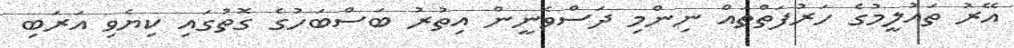
އޭރު ތައުލީމުގެ ހަރުފަތްތައް ނިންމި ދަސްވެނީން އިތުރު ބަސްބަހުގެ ގޮތުގައި ކިޔެވި އަރަބި